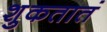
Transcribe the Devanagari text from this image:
शुकतातं